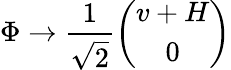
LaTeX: \Phi\to\frac{1}{\sqrt{2}}\left(\begin{array}{c}{{v+H}}\\ {{0}}\end{array}\right)